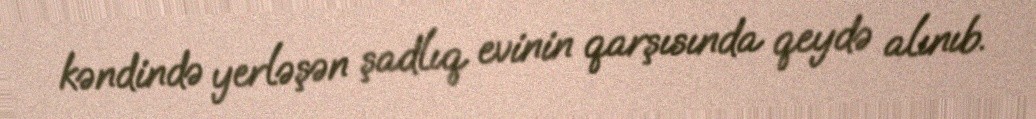
kəndində yerləşən şadlıq evinin qarşısında qeydə alınıb.